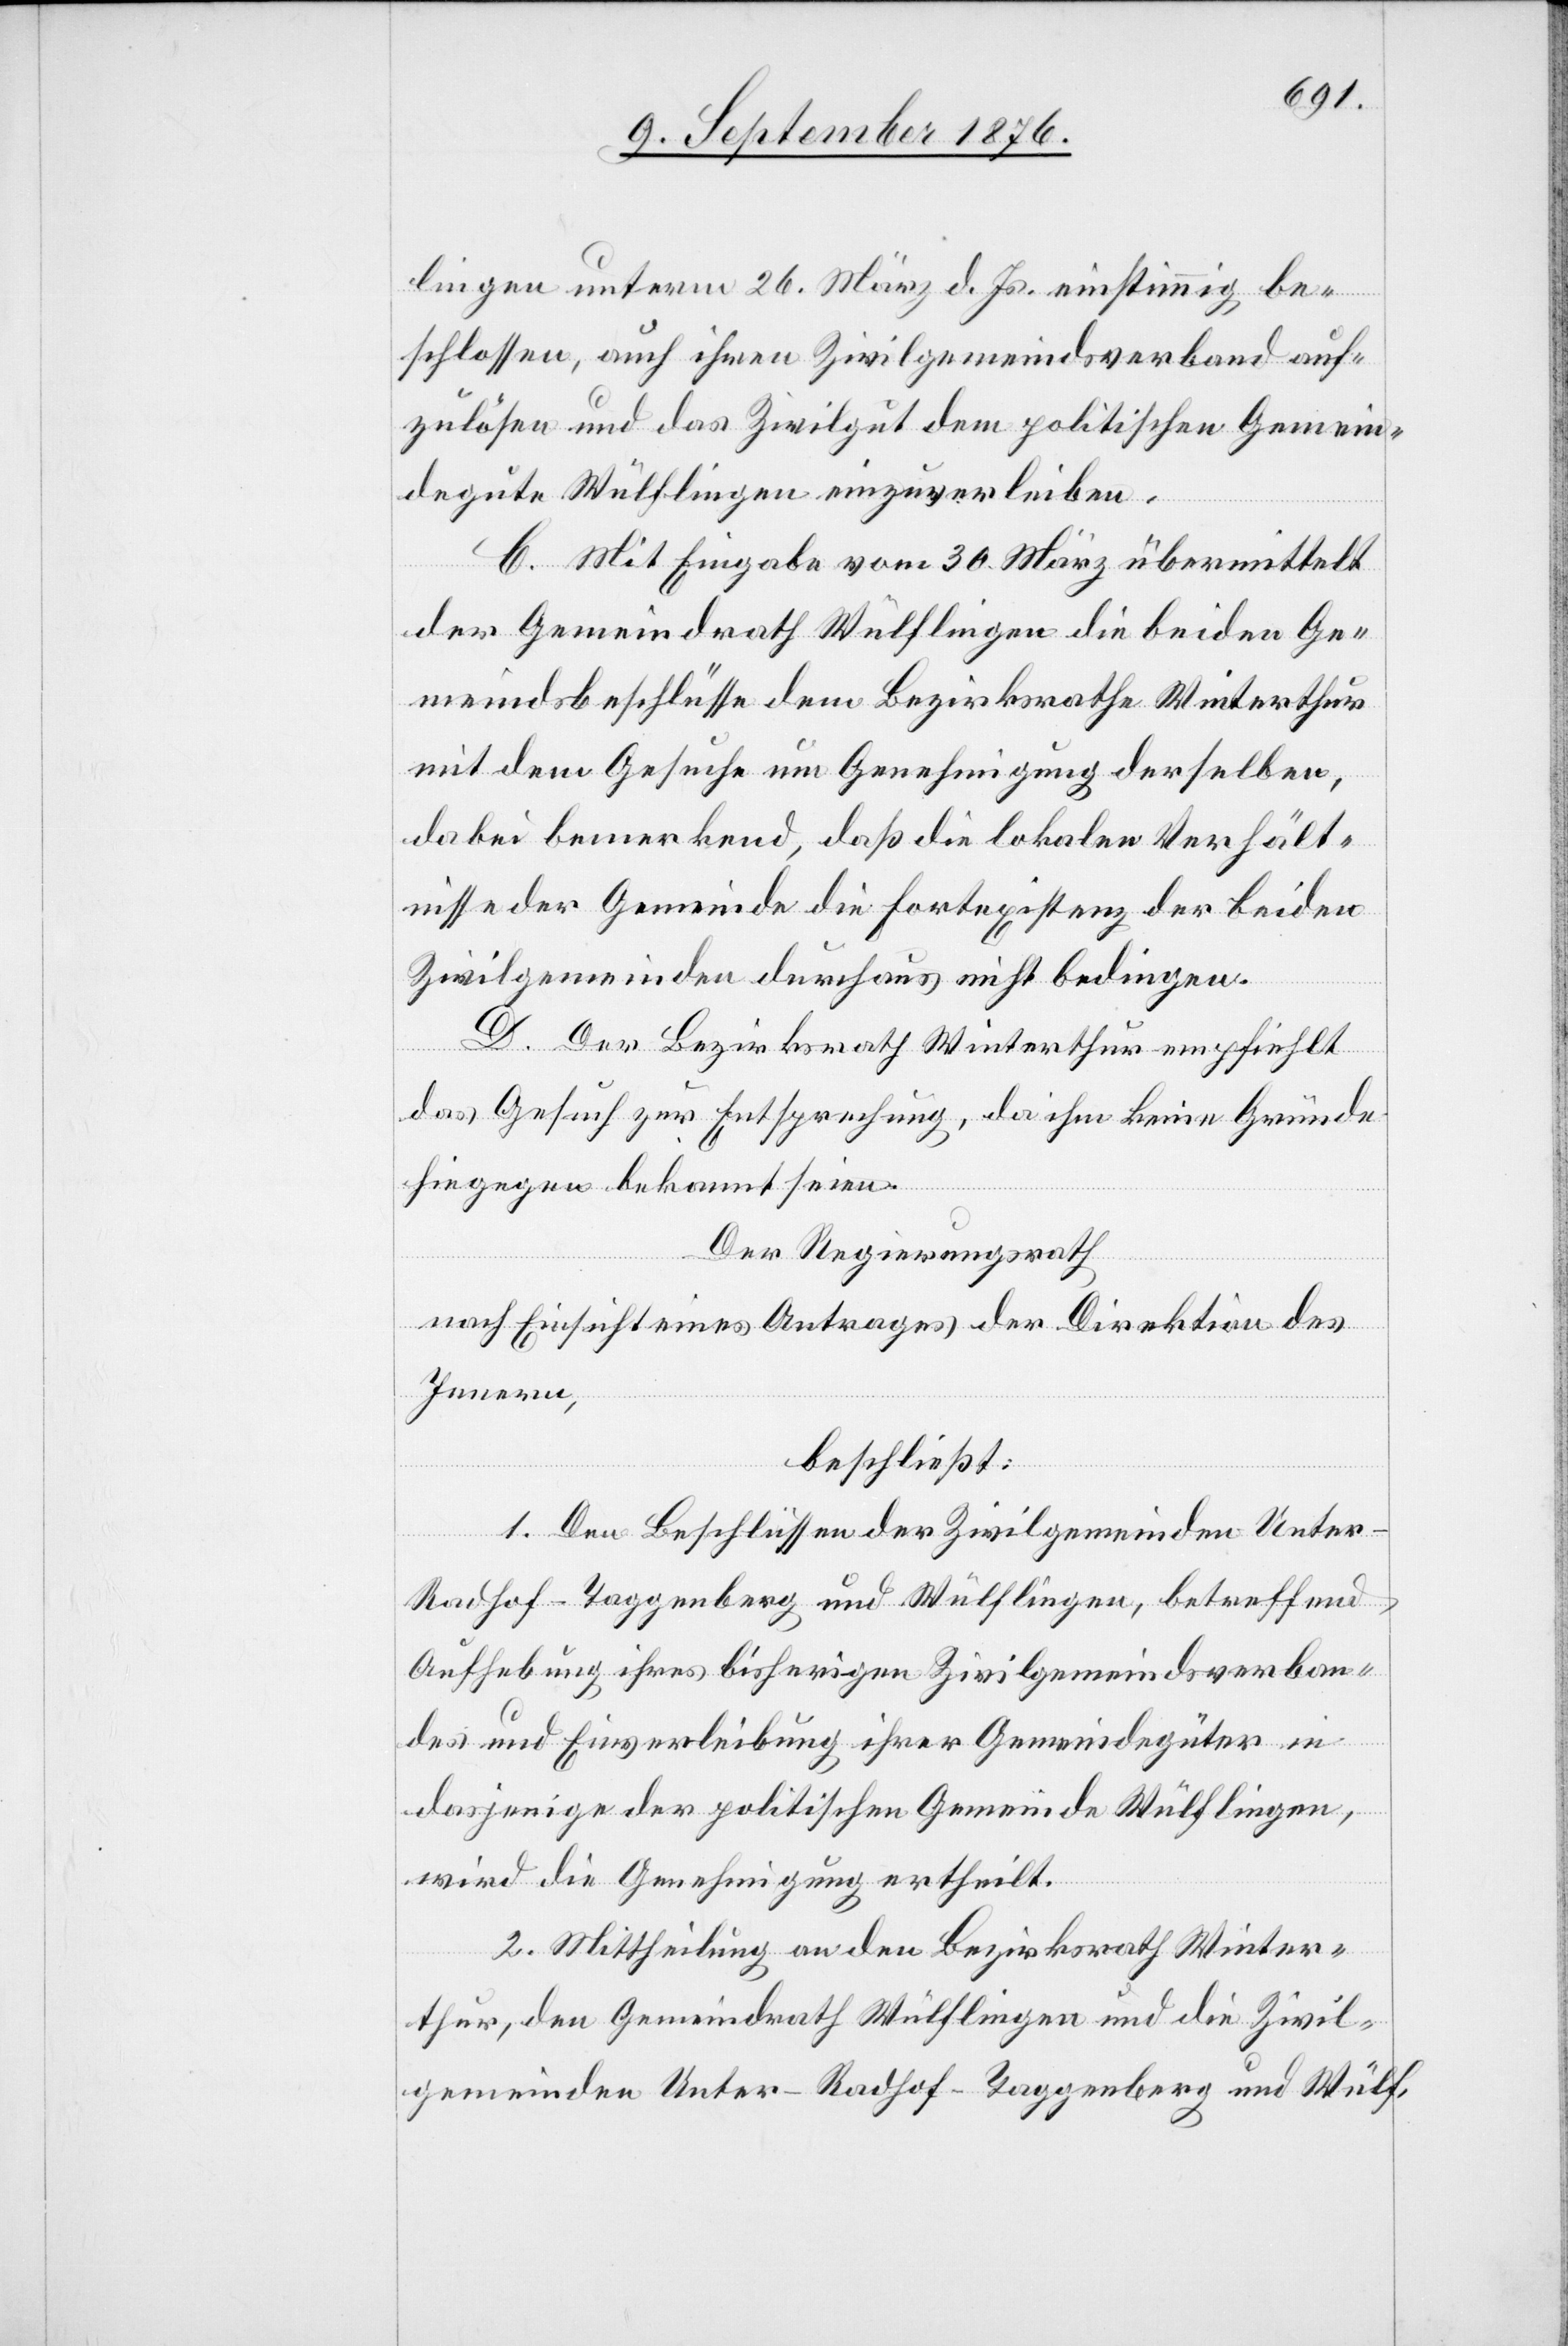
lingen unterm 26. März d. Js. einstimmig be¬
schlossen, auch ihren Zivilgemeindsverband auf¬
zulösen und das Zivilgut dem politischen Gemein¬
degute Wülflingen einzuverleiben.
C. Mit Eingabe vom 30. März übermittelt
der Gemeindrath Wülflingen die beiden Ge¬
meindsbeschlüsse dem Bezirksrathe Winterthur
mit dem Gesuche um Genehmigung derselben,
dabei bemerkend, daß die lokalen Verhält¬
nisse der Gemeinde die Fortexistenz der beiden
Zivilgemeinden durchaus nicht bedingen.
D. Der Bezirksrath Winterthur empfiehlt
das Gesuch zur Entsprechung, da ihm keine Gründe
hiegegen bekannt seien.
Der Regierungsrath,
nach Einsicht eines Antrages der Direktion des
Innern,
beschließt:
1. Den Beschlüssen der Zivilgemeinden Unte¬
r-Radhof - Taggenberg und Wülflingen, betreffend
Aufhebung ihres bisherigen Zivilgemeindsverban¬
des und Einverleibung ihrer Gemeindegüter in
dasjenige der politischen Gemeinde Wülflingen,
wird die Genehmigung ertheilt.
2. Mittheilung an den Bezirksrath Winter¬
thur, den Gemeindrath Wülflingen und die Zivil¬
gemeinden Unter-Radhof - Taggenberg und Wülf-